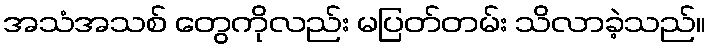
အသံအသစ် တွေကိုလည်း မပြတ်တမ်း သိလာခဲ့သည်။